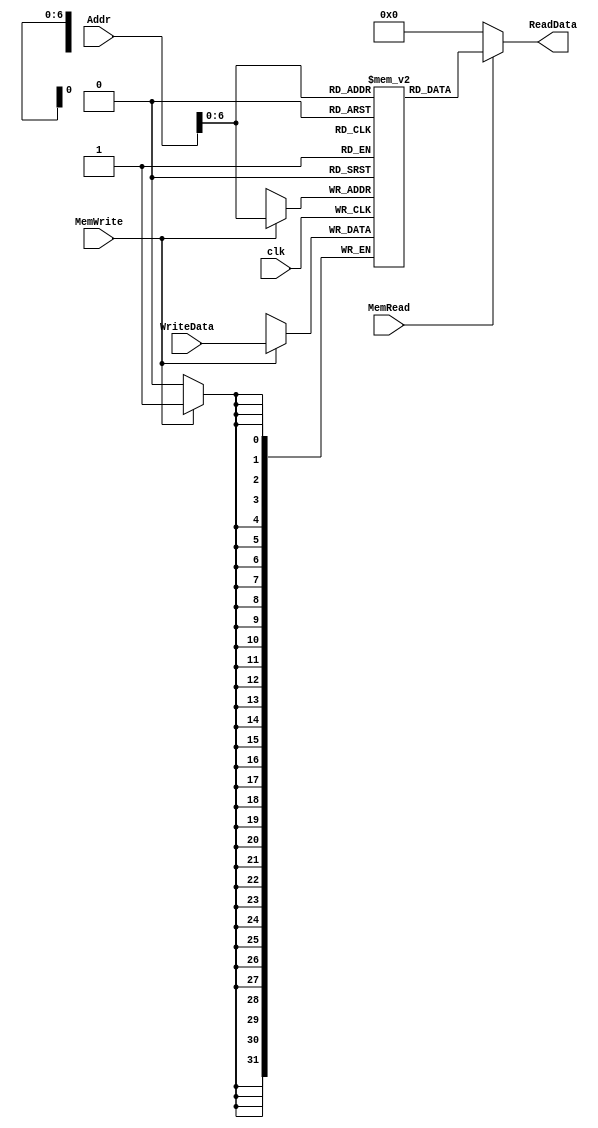
module Data_Memory(clk,Addr,WriteData,MemRead,MemWrite,ReadData); // we can make it dual ports so we can read and write in same clk cycle 
   input clk;
	input [31:0]Addr,WriteData;
	input MemRead,MemWrite;
	
	output  [31:0] ReadData;
	
	
	reg [31:0] memory [100:0];
	
	initial begin
	
		// arrays1
				memory[0]=32'h00000003;//a[0]
				memory[1]=32'h00000008;
				memory[2]=32'h00000005;
				memory[3]=32'h00000002;
				memory[4]=32'h00000032;//b[0]
				memory[5]=32'h00000032;
				memory[6]=32'h00000032;
				memory[7]=32'h00000032;
				memory[8]=32'h00000032;
				memory[9]=32'h00000032;
				memory[10]=32'h00000032;
				memory[11]=32'h00000032;
				memory[12]=32'h00000032;
				memory[13]=32'h00000032;
				memory[14]=32'h00000032;
				memory[15]=32'h00000032;
				memory[16]=32'h00000032;
				memory[17]=32'h00000068;
				memory[18]=32'h00000065;//c[0]
				memory[19]=32'h0000006c;
				memory[20]=32'h0000006c;
				memory[21]=32'h0000006f;
				memory[22]=32'h00000000;
		
		
		/*
			// arrays2
				memory[0]=32'h00000003;
				memory[1]=32'h00000003;
				memory[2]=32'h00000003;
				memory[3]=32'h00000003;
				memory[4]=32'h00000003;
		*/
		/*
			// Arithmetic Operations
				memory[0]=32'h00000023;//35
				memory[1]=32'h0000002F;//47
				memory[2]=32'h0000001A;//26
		*/
	
	end
	
	assign ReadData= (MemRead==1) ? memory[Addr] : 32'd0;
		
	always @(negedge clk)
		begin
		if(MemWrite)
				memory[Addr]<=WriteData;
		end
		
endmodule